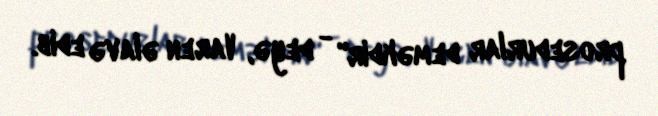
prosedurlar deməkdir" - deyə, Varen əlavə edib.